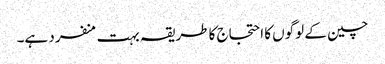
چین کے لوگوں کا احتجاج کا طریقہ بہت منفرد ہے۔